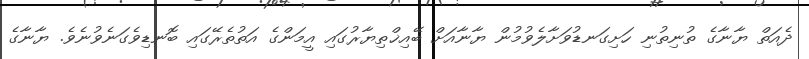
ދެއަތް ޔާނާގެ ތުނިތުނި ހަށިގަނޑުވަށާލެވުމުން ޔާނާއަށް ބޭއިޚްތިޔާރުގައި އީމަންގެ އަތުތެރޭގައި ބޮނޑިވެގަނެވުނެވެ. ޔާނާގެ